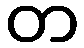
တ